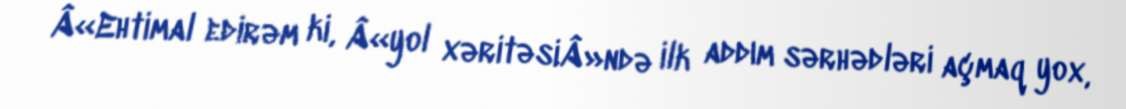
Â«Ehtimal edirəm ki, Â«yol xəritəsiÂ»ndə ilk addım sərhədləri açmaq yox,